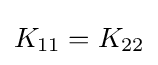
K_{11}=K_{22}